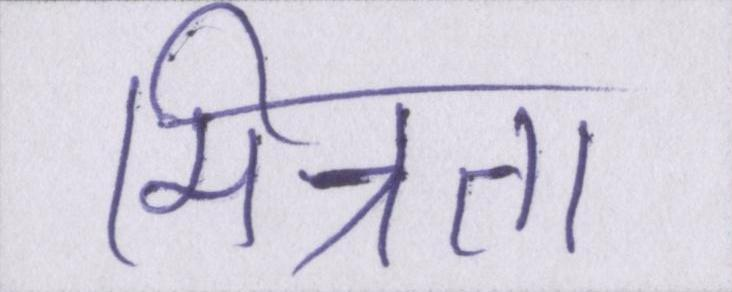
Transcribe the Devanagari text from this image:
मित्रता